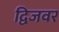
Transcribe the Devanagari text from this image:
द्विजवर